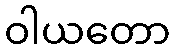
ဝါယတော